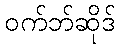
ဝက်ဘ်ဆိုဒ်